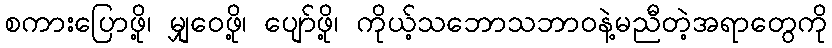
စကားပြောဖို့၊ မျှဝေဖို့၊ ပျော်ဖို့၊ ကိုယ့်သဘောသဘာဝနဲ့မညီတဲ့အရာတွေကို